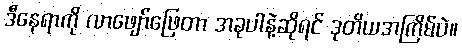
ဒီနေရာကို လာဖျော်ဖြေတာ အခုပါနဲ့ဆိုရင် ဒုတိယအကြိမ်ပဲ။